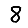
Digit: 8